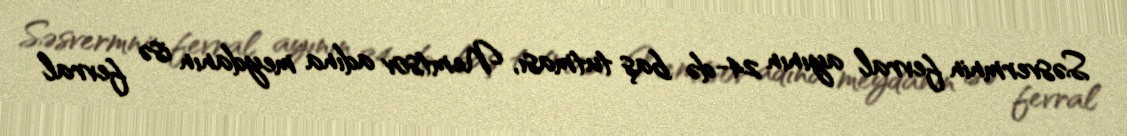
Səsvermnin fevral ayının 24-də baş tutması, Nemtsov adına meydanın isə fevral